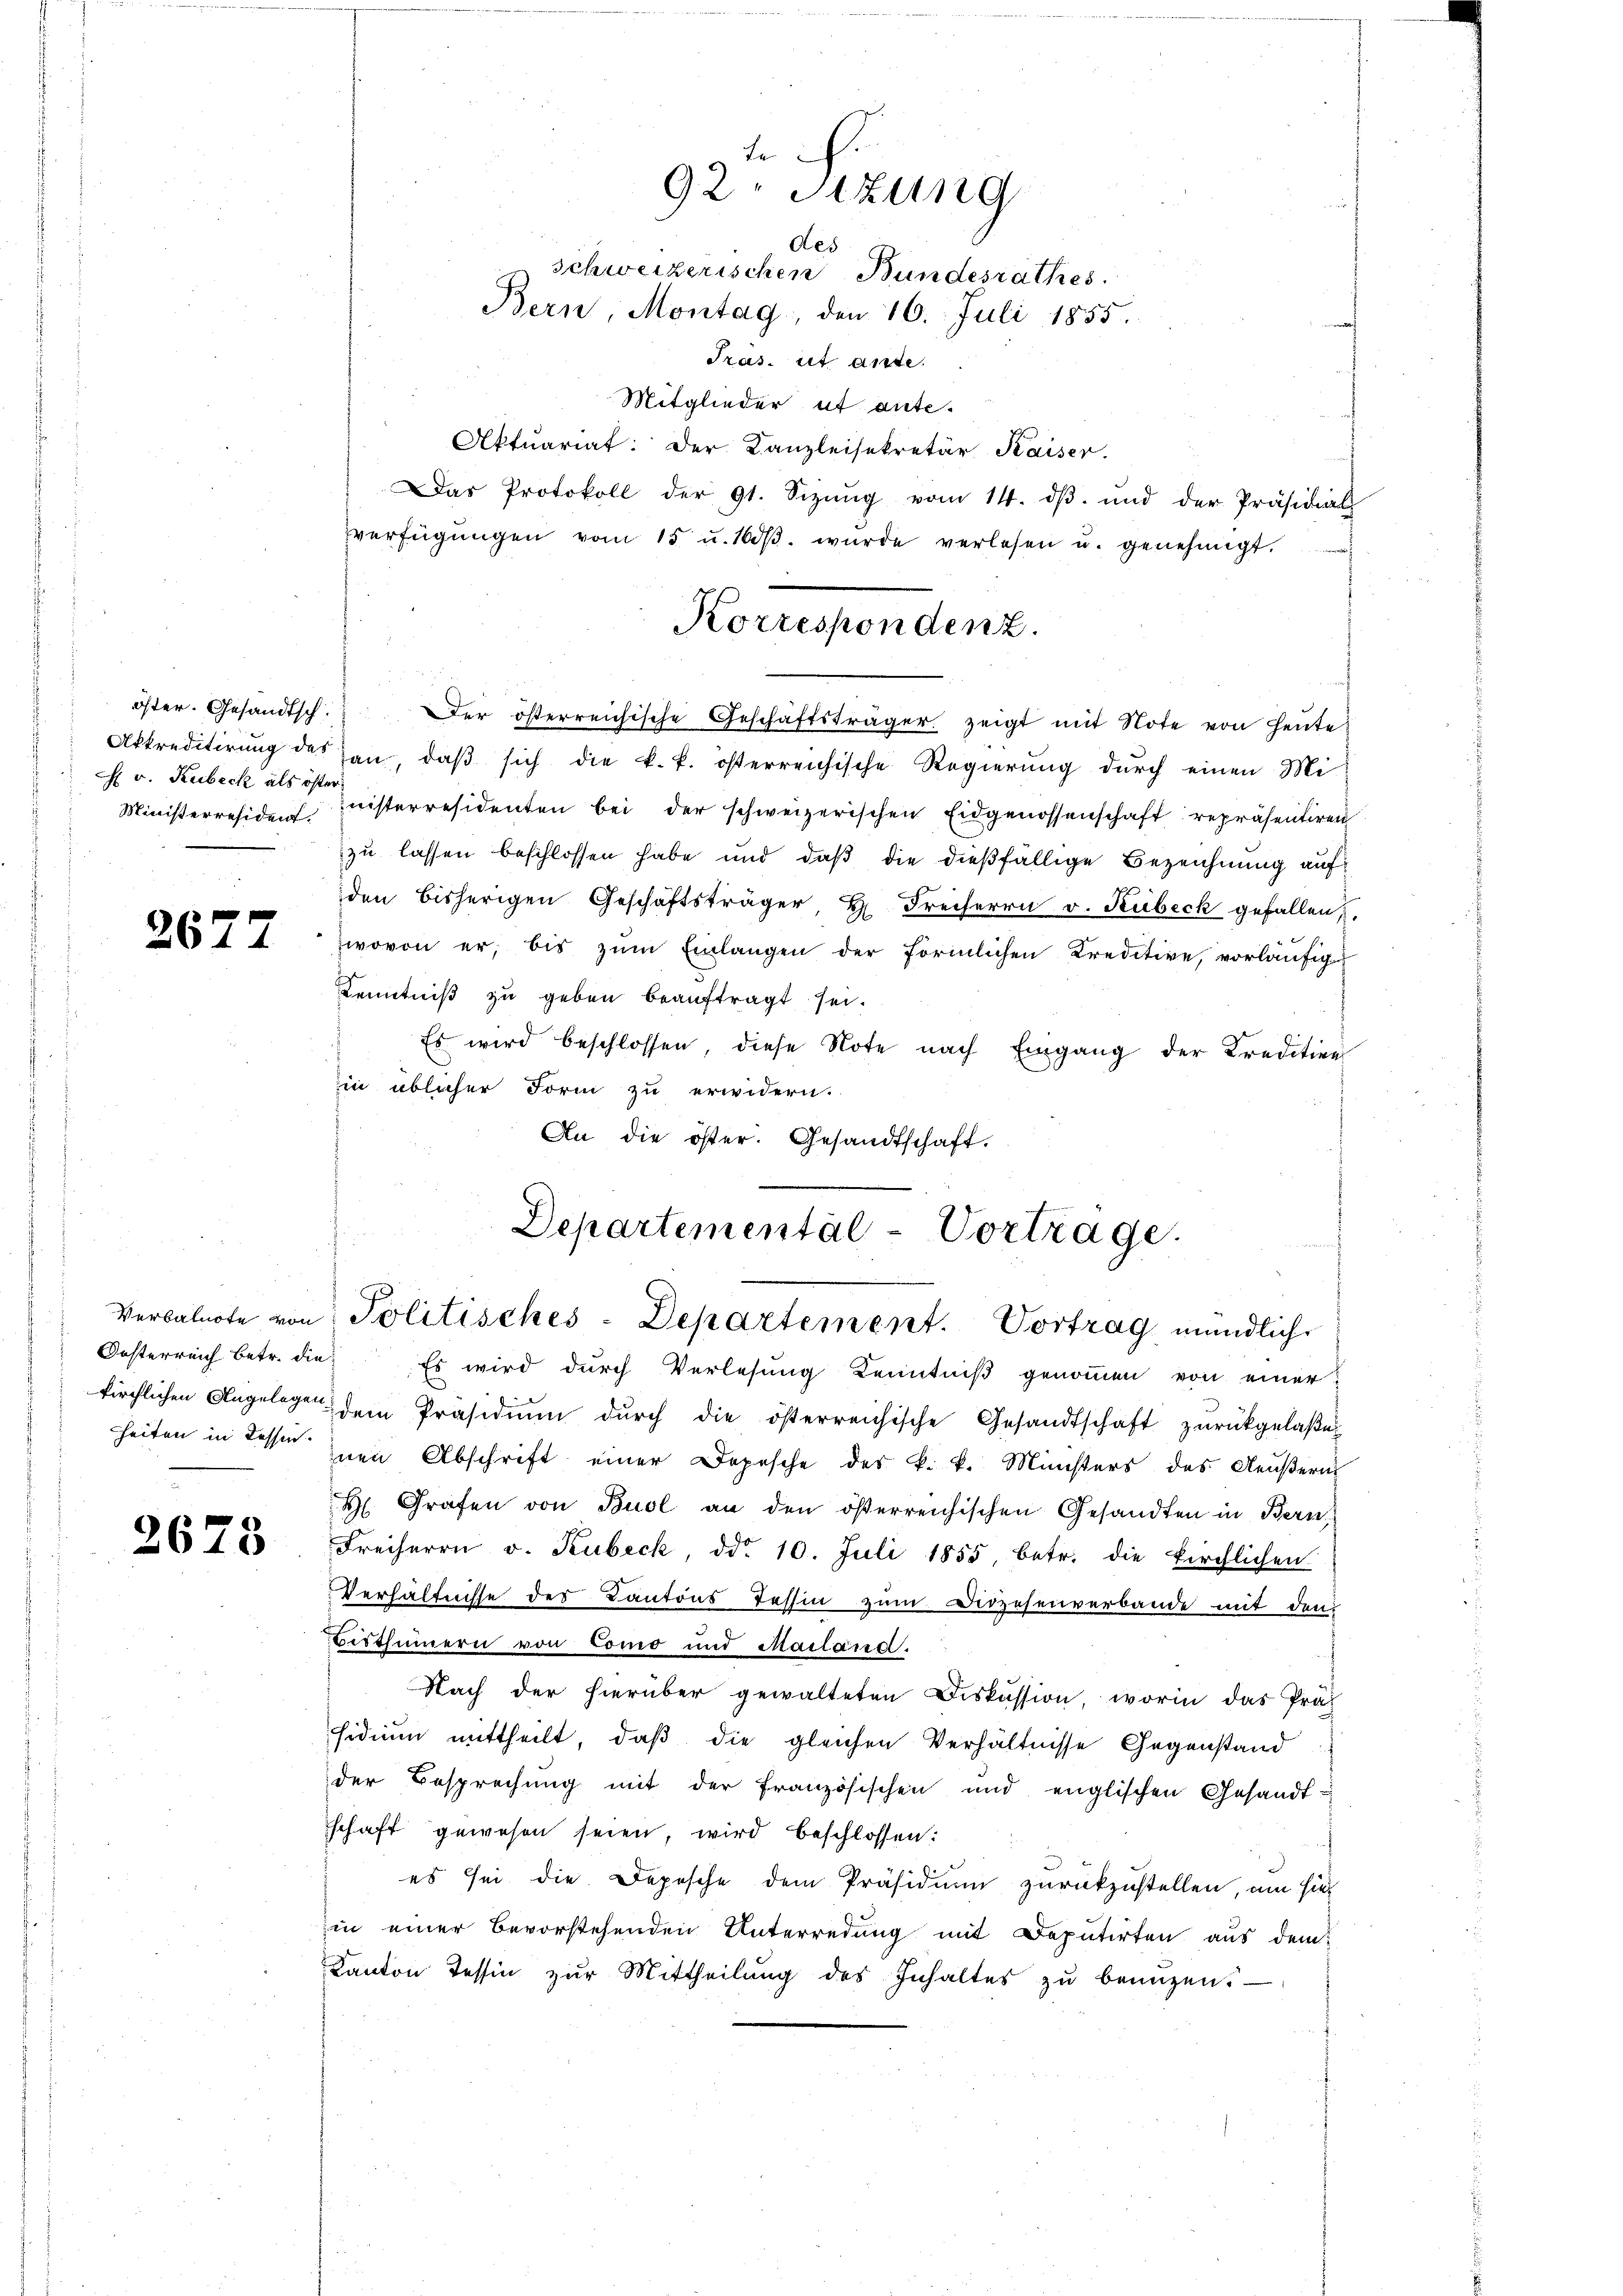
öster. Gesandtsch.
H v. Kubeck als öster

2677

Oesterreich Betr. die

2675

Mitglieder ut ante¬
Aktuariat: Der Kanzleisekretär Kaiser.
Das Protokoll der 91. Sizŭng vom 14. dβ. und der Präsidial
verfügŭngen vom 15 u. 100. wurde verlesen u. genehmigt.
Akkreditirung des han, daβ sich die k. k. österreichische Regierung durch einen Mi
Ministerresiden inisterresidenten bei der schweizerischen Eidgenossenschaft repräsentiren
zu lassen beschlossen habe und daß die dießfällige Bezeichnung aufden bisherigen Geschäftsträger H. Freiherrn v. Kübeck gefallen,
wovon er, bis zum Einlangen der förmlichen Kreditive, vorläufig
Kenntniß zu geben beauftragt sei.
Es wird beschlossen, diese Note nach Eingang der Kreditien
in üblicher Form zu erwidern.
An die öster. Gesandtschaft.

92. Sitzung
des
schweizerischen Bundesrathes
Bern, Montag, den 16. Juli 1855.
Tras. et ande.

Korrespondenz.
Der österreichische Geschäftsträger zeigt mit Note von Heute

Departemental-Vortrage.
Verbalnote von Politisches - Departement. Vortrag mündliche

Es wird durch Verlesung Kenntniß genommen von einer
kirchlichen Angelage dem Präsidiŭm dŭrch die österreichische Gesandtschaft zŭrückgelaβe
heiten in dessen zum Abschrift einer Depesche des k. k. Ministers des Aeußern
H. Grafen von Buol an den österreichischen Gesandten in Bern
Freiherrn v. Kubeck, ddo 10. Juli 1855, betr. die kirchlichen
Verhältnisse des Kantons Tessin zum Diözesenverbande mit dem
Besthümern von Como und Mailand.
Nach der hierüber gewalteten Diskussion, worin das Präs
sidium mittheilt, daß die gleichen Verhältnisse Gegenstand
der Besprechung mit der französischen und englischen Gesandtschaft gewesen seien, wird beschlossen:
es sei die Depesche dem Präsidium zurückzustellen, am sieh
in einer Bevorstehenden Unterredung mit Deputirten aus dem
Kanton Tessin zur Mittheilung des Inhaltes zu beunzen.